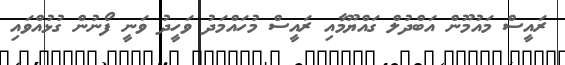
ރައީސް މައުމޫން އަބްދުލް ގައްޔޫމާއި ރައީސް މުހައްމަދު ވަހީދު ވަނީ ފޯނުން ގުޅުއްވައި